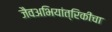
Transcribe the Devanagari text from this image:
जैवअभियांत्रिकीचा